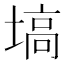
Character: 塙